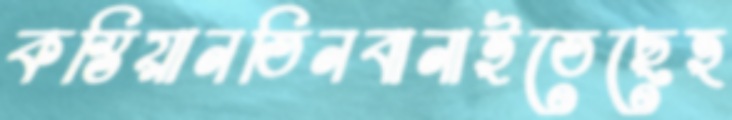
কস্তিয়ানতিনবানাইতেছেহ